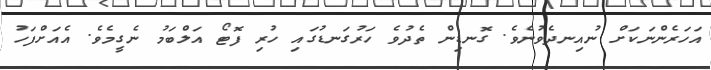
އަހަރެންނަކަށް ނުއިނދެވުނެވެ. ގޮނޑިން ތެދުވެ ހަރުގަނޑުގައި ހުރި ފޮޓޯ އަލްބަމު ނެގީމެވެ. އެއަށްފަހު